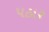
પઠાર